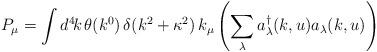
LaTeX: \begin{align*}P_{\mu}=\int d^4\!k\,\theta(k^0)\,\delta(k^2+\kappa^2)\,k_{\mu}\left(\sum_{\lambda}a_{\lambda}^{\dagger}(k,u)a_{\lambda}(k,u)\right) \end{align*}